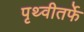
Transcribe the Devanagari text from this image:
पृथ्वीतर्फे